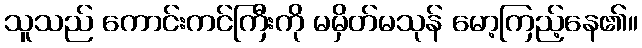
သူသည် ကောင်းကင်ကြီးကို မမှိတ်မသုန် မော့ကြည့်နေ၏။